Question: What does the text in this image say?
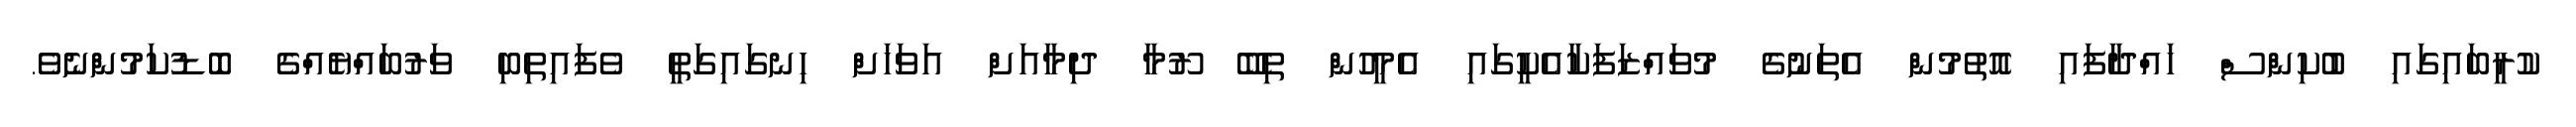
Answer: ކުރީބައިގައި ބުކިންސް ހައްދާފައި އޮތުމުން އެތަނުގެ މުވައްޒަފަކާއެކީގައި އެމީހުން ތިބޭ ރޫމާ ދިމާއަށް އަވަހަށް ހިނގައިގަތީ ވެފައިތިބި ވަރުބައްޔެއްގެ ބޮޑުކަމުންނެވެ.